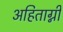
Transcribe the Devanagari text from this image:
अहिताग्नी